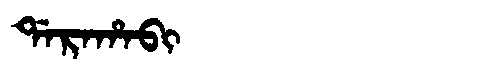
Manchu: ᡩᠠᡵᠠᡥᠠᠪᡳ
Romanization: DARAHABI